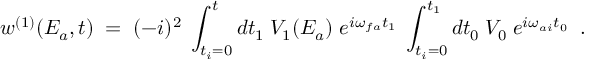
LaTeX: w ^ { ( 1 ) } ( E _ { a } , t ) \; = \; ( - i ) ^ { 2 } \; \int _ { t _ { i } = 0 } ^ { t } d t _ { 1 } \; V _ { 1 } ( E _ { a } ) \; e ^ { i \omega _ { f a } t _ { 1 } } \; \int _ { t _ { i } = 0 } ^ { t _ { 1 } } d t _ { 0 } \; V _ { 0 } \; e ^ { i \omega _ { a i } t _ { 0 } } \; \; .